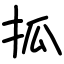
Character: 㧓